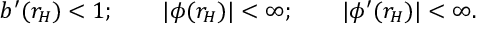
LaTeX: b ^ { \prime } ( r _ { H } ) < 1 ; \qquad | \phi ( r _ { H } ) | < \infty ; \qquad | \phi ^ { \prime } ( r _ { H } ) | < \infty .